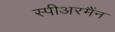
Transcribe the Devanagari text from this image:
स्पीअरमैंन